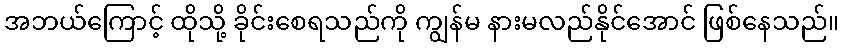
အဘယ်ကြောင့် ထိုသို့ ခိုင်းစေရသည်ကို ကျွန်မ နားမလည်နိုင်အောင် ဖြစ်နေသည်။